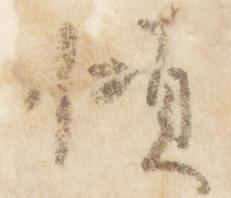
傾